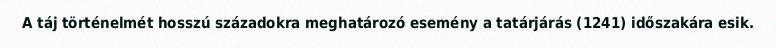
A táj történelmét hosszú századokra meghatározó esemény a tatárjárás (1241) időszakára esik.